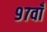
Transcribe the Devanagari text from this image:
९७वाँ